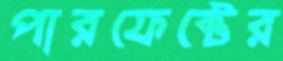
পারফেক্টের